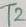
Text: T2